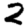
Digit: 2